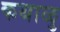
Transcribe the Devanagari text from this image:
कथाळु